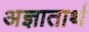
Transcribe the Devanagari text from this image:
अज्ञातार्थ